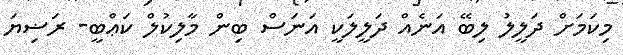
މިކަމަށް ދަލީލު ލިބޭ އަނެއް ދަލީލަކީ އަނަސް ބިން މާލިކުލް ކަޢްބީ- ރަޟިޔަ